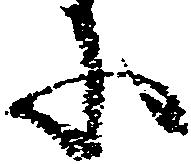
に